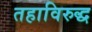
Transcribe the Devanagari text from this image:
तहाविरुद्ध